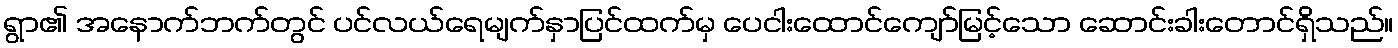
ရွာ၏ အနောက်ဘက်တွင် ပင်လယ်ရေမျက်နှာပြင်ထက်မှ ပေငါးထောင်ကျော်မြင့်သော ဆောင်းခါးတောင်ရှိသည်။